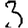
Digit: 3